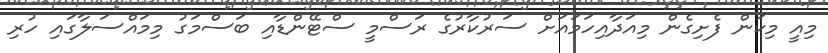
މިއީ މިކަން ފެށިގެން މިއަދާއިހަމައަށް ސަރުކާރުގެ ރަސްމީ ސްޓޭންޑާއި ބަސްމަގު މިމައްސަލާގައި ހުރި